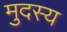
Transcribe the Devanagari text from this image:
मुदस्य